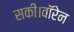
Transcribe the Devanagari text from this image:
सकी।वॉरेन